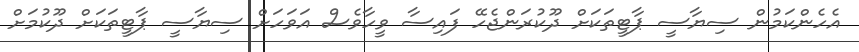
އެހެންކަމުން ސިޔާސީ ޕާޓީތަކަށް ދޫކުރަންޖެހޭ ފައިސާ ވީހާވެސް އަވަހަށް ސިޔާސީ ޕާޓީތަކަށް ދޫކުމަށް